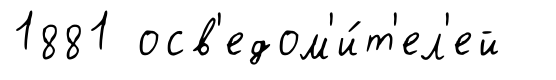
1881 осв'едом'и́т'ел'ей